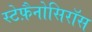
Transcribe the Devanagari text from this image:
स्टेफ़ैनोसिरॉस